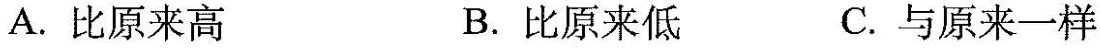
A.比原来高B.比原来低C.与原来一样